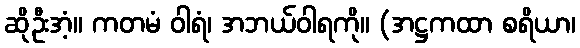
ဆိုဦးအံ့။ ကတမံ ဝါရံ၊ အဘယ်ဝါရကို။ (အဋ္ဌကထာ စရိယာ၊